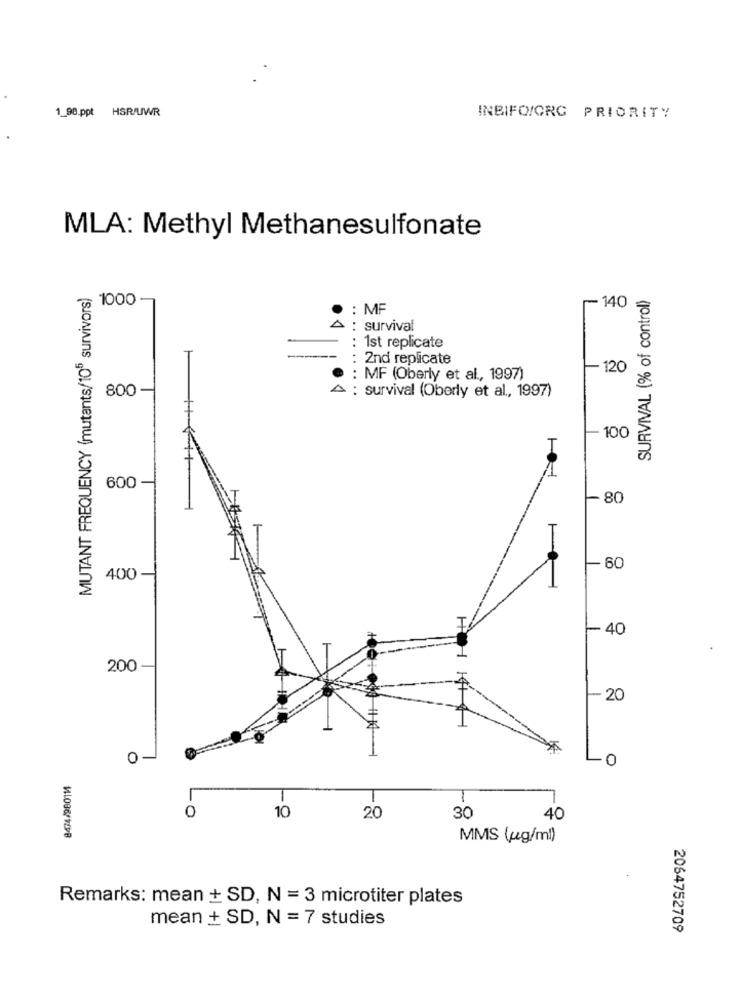
1_90.ppt HSR/UWR
INBIFO/ORG PRIORITY
MLA: Methyl Methanesulfonate
MUTANT FREQUENCY (mutants/105 survivors)
SURVIVAL (% of control)
1000 -
-140
: MF
A : survival
....
1st replicate
2nd replicate
-120
MF (Oberly et al ., 1997)
800 -
A : survival (Oberly et al ., 1997)
- 100
I
1
600 -
80
60
400-
- 40
200
- 20
0
8474/980111
1
0
10
20
30
40
MMS (pg/ml)
Remarks: mean + SD, N = 3 microtiter plates
mean + SD, N = 7 studies
2064752709